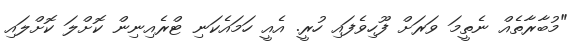
"މުބާރާތެއް ނެތީމަ ވަރަށް ފޫހިވެފައި ހުރީ. އެއީ ހަމައެކަނި ޓްރެއިނިން ކޮށްލަ ކޮށްލައި